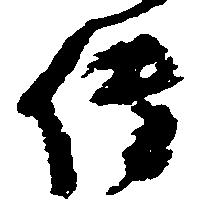
伝